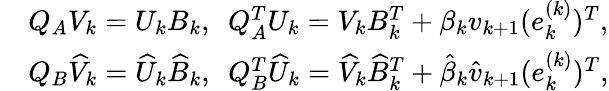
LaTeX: \begin{array}{rl}&{Q_{A}V_{k}=U_{k}B_{k},\ \ Q_{A}^{T}U_{k}=V_{k}B_{k}^{T}+\beta_{k}v_{k+1}(e_{k}^{(k)})^{T},}\\ &{Q_{B}\widehat{V}_{k}=\widehat{U}_{k}\widehat{B}_{k},\ \ Q_{B}^{T}\widehat{U}_{k}=\widehat{V}_{k}\widehat{B}_{k}^{T}+\hat{\beta}_{k}\hat{v}_{k+1}(e_{k}^{(k)})^{T},}\end{array}